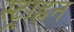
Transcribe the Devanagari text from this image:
स्ट्राहन